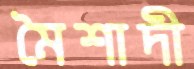
মৈশাদী